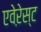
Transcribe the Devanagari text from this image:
एवेऱेस्ट